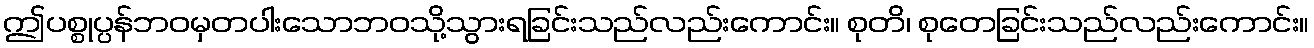
ဤပစ္စုပ္ပန်ဘဝမှတပါးသောဘဝသို့သွားရခြင်းသည်လည်းကောင်း။ စုတိ၊ စုတေခြင်းသည်လည်းကောင်း။